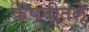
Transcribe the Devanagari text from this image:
कंपनीतले